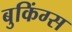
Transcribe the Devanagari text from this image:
बुकिंग्स